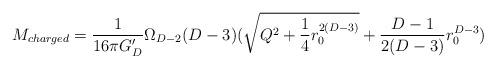
LaTeX: \begin{align*}M_{charged}= {1\over 16 \pi G^\prime_D} \Omega_{D-2} (D-3)(\sqrt{Q^2+{1\over 4} r_0^{2(D-3)}} + {D-1\over2(D-3)} r_0^{D-3})\end{align*}